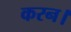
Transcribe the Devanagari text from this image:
करन।